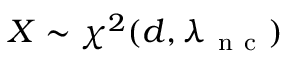
X \sim \chi ^ { 2 } ( d , \lambda _ { \mathrm { ~ n ~ c ~ } } )